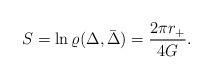
LaTeX: \begin{align*}S=\ln\varrho(\Delta,\bar{\Delta})={2\pi r_+\over 4G}.\end{align*}